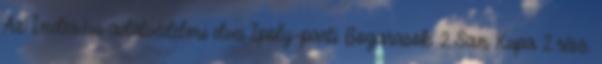
Az Index.hu adatvédelmi elvei Ipoly-parti Bogarasok: 2.San Kupa 2.rész.